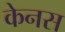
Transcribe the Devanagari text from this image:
केनस